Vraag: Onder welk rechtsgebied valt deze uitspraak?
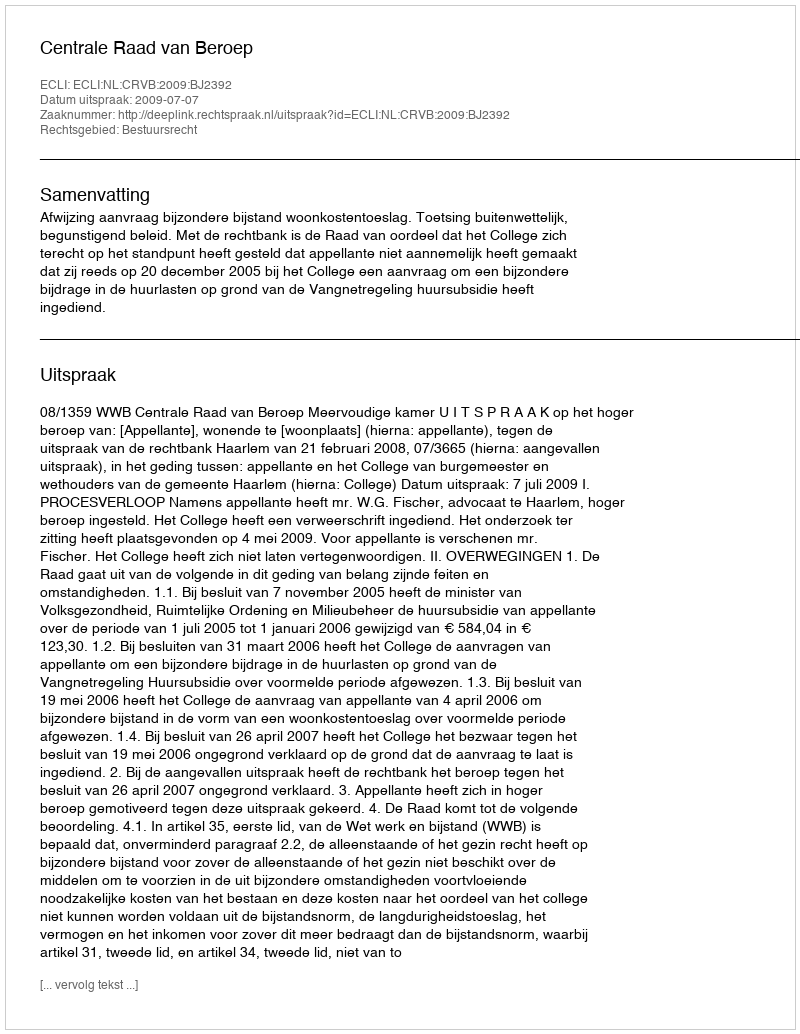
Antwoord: Bestuursrecht